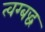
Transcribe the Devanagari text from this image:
त्वग्बद्ध